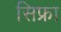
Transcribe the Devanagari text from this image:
सिफ्रा